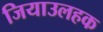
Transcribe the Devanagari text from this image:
जियाउलहक